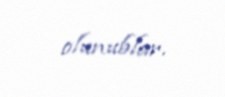
olunublar.